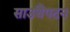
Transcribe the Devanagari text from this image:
साउथैंपटन